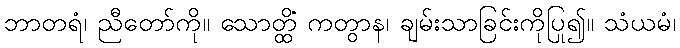
ဘာတရံ၊ ညီတော်ကို။ သောတ္ထိံ ကတွာန၊ ချမ်းသာခြင်းကိုပြု၍။ သံယမံ၊